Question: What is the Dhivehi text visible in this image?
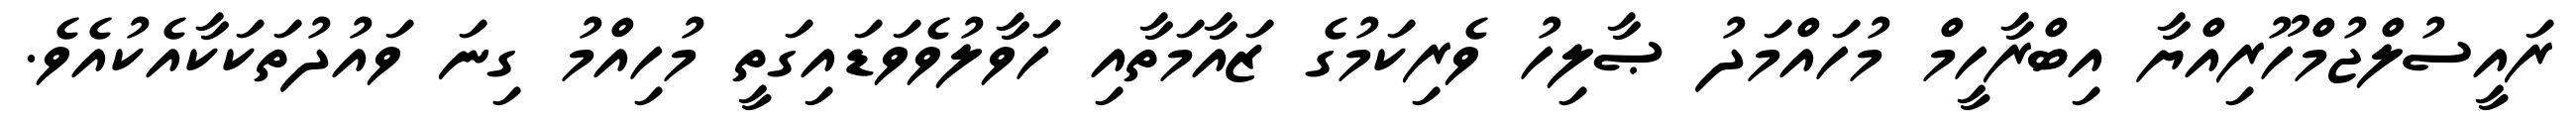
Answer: ރައީސުލްޖުމްހޫރިއްޔާ އިބްރާހީމް މުހައްމަދު ޞާލިހު ވެރިކަމުގެ ޒައާމަތާއި ހަވާލުވެވަޑައިގަތީ މުހިއްމު ގިނަ ވައުދުތަކަކާއެކުއެވެ.